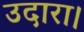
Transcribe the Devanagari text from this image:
उदारा।